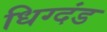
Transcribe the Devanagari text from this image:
धिग्दंड